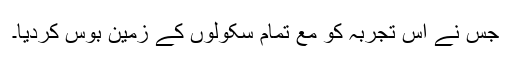
جس نے اس تجربہ کو مع تمام سکولوں کے زمین بوس کردیا۔